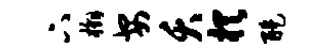
下槲安夭棋醍